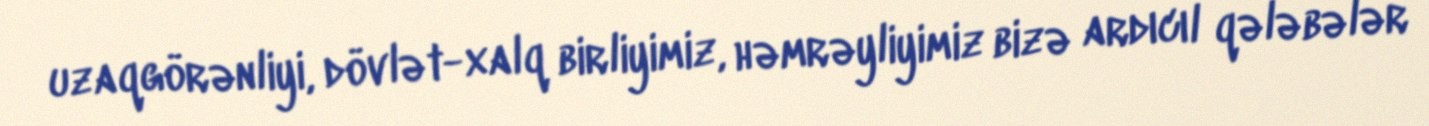
uzaqgörənliyi, dövlət-xalq birliyimiz, həmrəyliyimiz bizə ardıcıl qələbələr